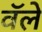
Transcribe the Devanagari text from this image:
वॅले